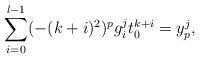
\begin{align*}\sum_{i=0}^{l-1}(-(k+i)^2)^pg_i^j t_0^{k+i} =y_p^j,\end{align*}